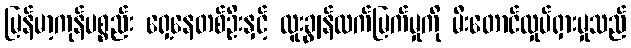
မြန်မာ့ကုန်ပစ္စည်း ရှေ့နေတစ်ဦးနှင့် ထူးချွန်ထက်မြက်မှုကို မီးတောင်လှုပ်ရှားမှုသည်